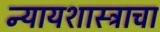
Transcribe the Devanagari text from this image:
न्यायशास्त्राचा